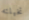
تخيلته